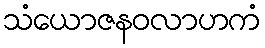
သံယောဇနဝလာဟကံ